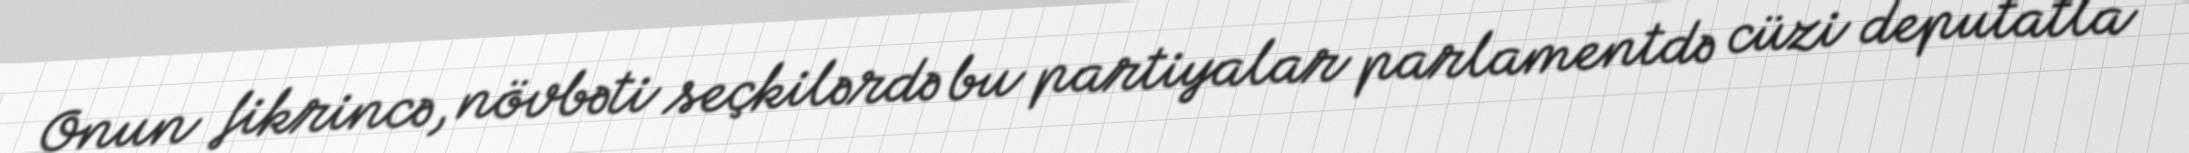
Onun fikrincə, növbəti seçkilərdə bu partiyalar parlamentdə cüzi deputatla